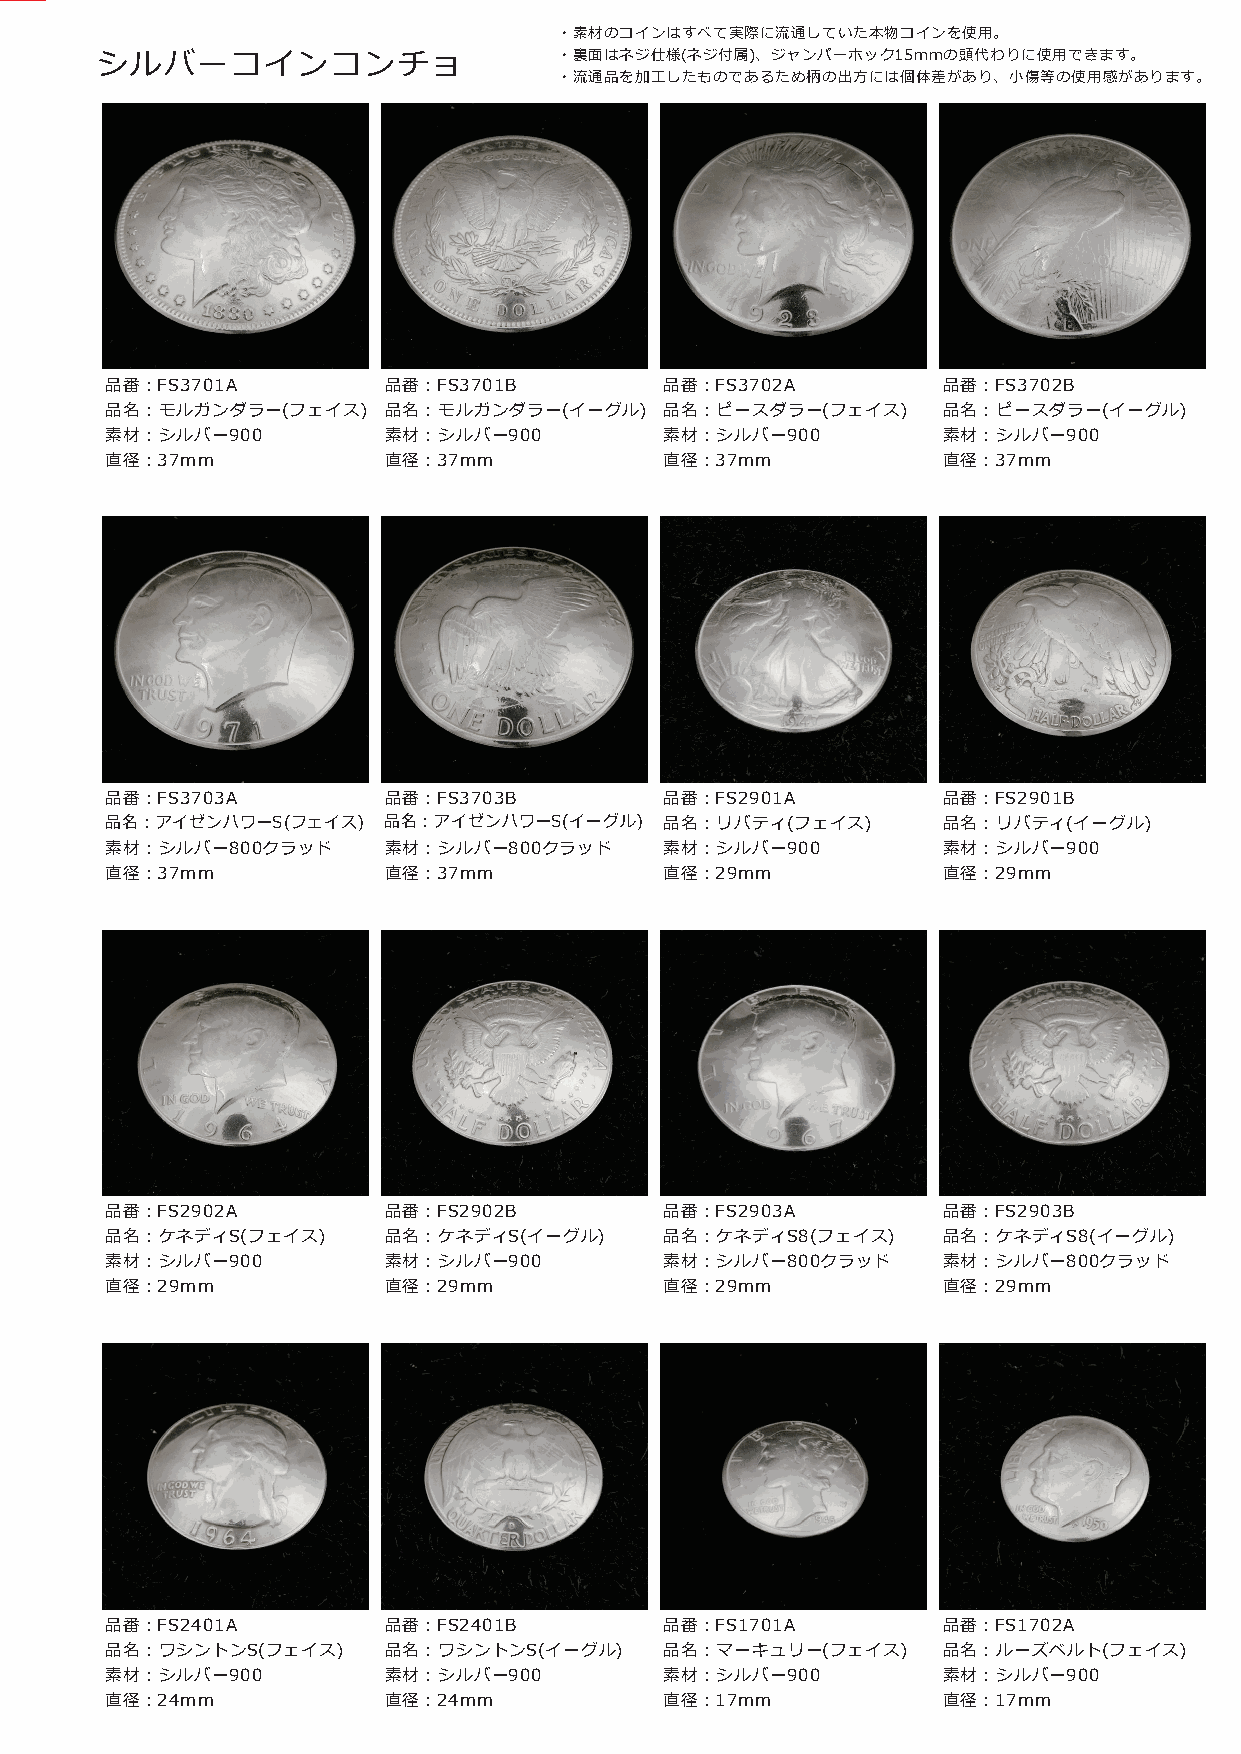
・素材のコインはすべて実際に流通していた本物コインを使用。
 シルバーコインコンチョ                    ・裏面はネジ仕様(ネジ付属)、ジャンパーホック15mmの頭代わりに使用できます。
 ・流通品を加工したものであるため柄の出方には個体差があり、小傷等の使用感があります。
 品番：FS3701A        品番：FS3701B         品番：FS3702A        品番：FS3702B
 品名：モルガンダラー(フェイス)  品名：モルガンダラー(イーグル)   品名：ピースダラー(フェイス)   品名：ピースダラー(イーグル)
 素材：シルバー900        素材：シルバー900         素材：シルバー900        素材：シルバー900
 直径：37mm           直径：37mm            直径：37mm           直径：37mm
 品番：FS3703A        品番：FS3703B         品番：FS2901A        品番：FS2901B
 品名：アイゼンハワーS(フェイス) 品名：アイゼンハワーS(イーグル)  品名：リバティ(フェイス)     品名：リバティ(イーグル)
 素材：シルバー800クラッド    素材：シルバー800クラッド     素材：シルバー900        素材：シルバー900
 直径：37mm           直径：37mm            直径：29mm           直径：29mm
 品番：FS2902A        品番：FS2902B         品番：FS2903A        品番：FS2903B
 品名：ケネディS(フェイス)    品名：ケネディS(イーグル)     品名：ケネディS8(フェイス)   品名：ケネディS8(イーグル)
 素材：シルバー900        素材：シルバー900         素材：シルバー800クラッド    素材：シルバー800クラッド
 直径：29mm           直径：29mm            直径：29mm           直径：29mm
 品番：FS2401A        品番：FS2401B         品番：FS1701A        品番：FS1702A
 品名：ワシントンS(フェイス)   品名：ワシントンS(イーグル)    品名：マーキュリー(フェイス)   品名：ルーズベルト(フェイス)
 素材：シルバー900        素材：シルバー900         素材：シルバー900        素材：シルバー900
 直径：24mm           直径：24mm            直径：17mm           直径：17mm